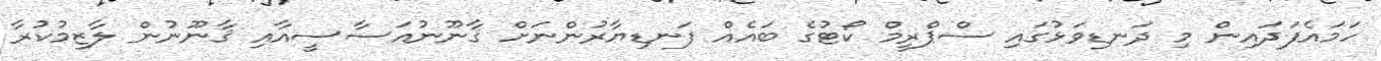
ހަމައެފަދައިން މި ދަނޑިވަޅުގައި ސްޕްރީމް ކޯޓުގެ ބައެއް ފަނޑިޔާރުންނަށް ޤާނޫނުއަސާސީއާއި ޤާނޫނުން ލާޒިމުކުރާ